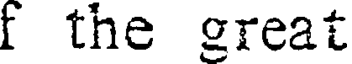
f the great